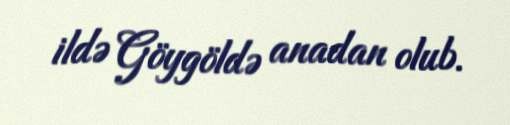
ildə Göygöldə anadan olub.